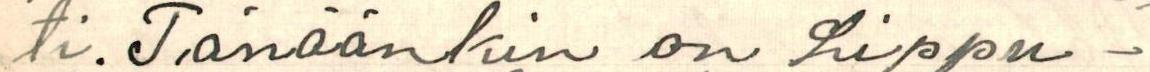
ti. Tänäänkin on Lippu-